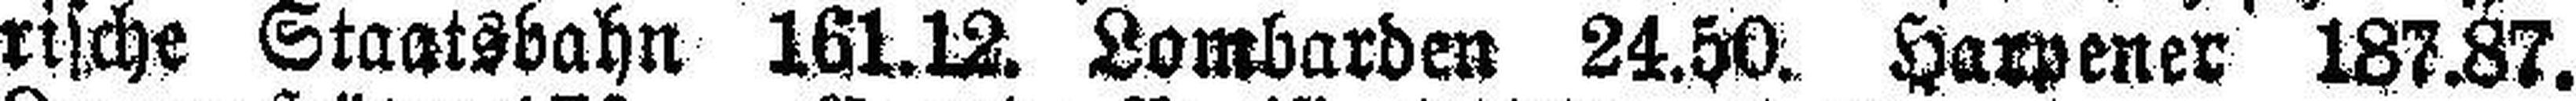
rische Staatsbahn 161.12. Lombarden 24.50. Harpener 187.87.